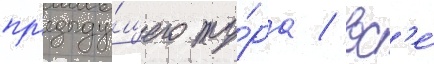
пр'едыду́щего ту́ра / вс'е́